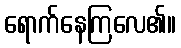
ရောက်နေကြလေ၏။